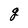
Character: g